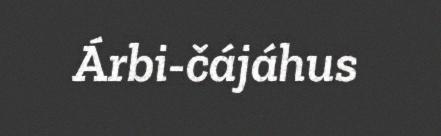
Árbi-čájáhus